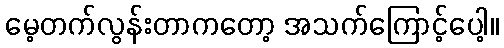
မေ့တက်လွန်းတာကတော့ အသက်ကြောင့်ပေါ့။